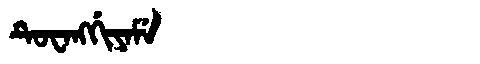
Manchu: ᡨᡠᠸᠠᠩᡤᡳᠶᠠᠮᡝ
Romanization: TUWANGGIYAME